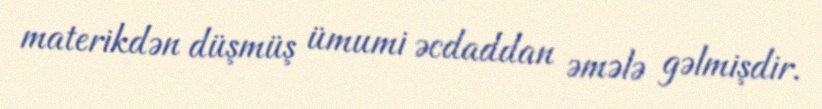
materikdən düşmüş ümumi əcdaddan əmələ gəlmişdir.